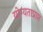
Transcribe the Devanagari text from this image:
योग्यताप्राप्त